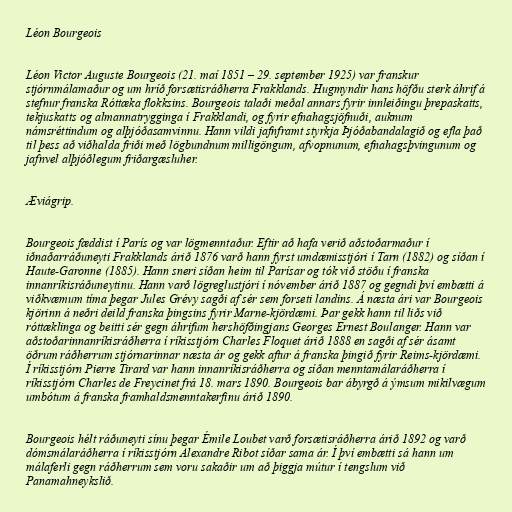
Léon Bourgeois

Léon Victor Auguste Bourgeois (21. maí 1851 – 29. september 1925) var franskur
stjórnmálamaður og um hríð forsætisráðherra Frakklands. Hugmyndir hans höfðu sterk áhrif á
stefnur franska Róttæka flokksins. Bourgeois talaði meðal annars fyrir innleiðingu þrepaskatts,
tekjuskatts og almannatrygginga í Frakklandi, og fyrir efnahagsjöfnuði, auknum
námsréttindum og alþjóðasamvinnu. Hann vildi jafnframt styrkja Þjóðabandalagið og efla það
til þess að viðhalda friði með lögbundnum milligöngum, afvopnunum, efnahagsþvingunum og
jafnvel alþjóðlegum friðargæsluher.

Æviágrip.

Bourgeois fæddist í París og var lögmenntaður. Eftir að hafa verið aðstoðarmaður í
iðnaðarráðuneyti Frakklands árið 1876 varð hann fyrst umdæmisstjóri í Tarn (1882) og síðan í
Haute-Garonne (1885). Hann sneri síðan heim til Parísar og tók við stöðu í franska
innanríkisráðuneytinu. Hann varð lögreglustjóri í nóvember árið 1887 og gegndi því embætti á
viðkvæmum tíma þegar Jules Grévy sagði af sér sem forseti landins. Á næsta ári var Bourgeois
kjörinn á neðri deild franska þingsins fyrir Marne-kjördæmi. Þar gekk hann til liðs við
róttæklinga og beitti sér gegn áhrifum hershöfðingjans Georges Ernest Boulanger. Hann var
aðstoðarinnanríkisráðherra í ríkisstjórn Charles Floquet árið 1888 en sagði af sér ásamt
öðrum ráðherrum stjórnarinnar næsta ár og gekk aftur á franska þingið fyrir Reims-kjördæmi.
Í ríkisstjórn Pierre Tirard var hann innanríkisráðherra og síðan menntamálaráðherra í
ríkisstjórn Charles de Freycinet frá 18. mars 1890. Bourgeois bar ábyrgð á ýmsum mikilvægum
umbótum á franska framhaldsmenntakerfinu árið 1890.

Bourgeois hélt ráðuneyti sínu þegar Émile Loubet varð forsætisráðherra árið 1892 og varð
dómsmálaráðherra í ríkisstjórn Alexandre Ribot síðar sama ár. Í því embætti sá hann um
málaferli gegn ráðherrum sem voru sakaðir um að þiggja mútur í tengslum við
Panamahneykslið.